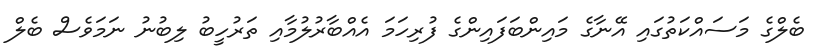
ބެލްގެ މަސައްކަތުގައި އޭނާގެ މައިންބަފައިންގެ ފުރިހަމަ އެއްބާރުލުމާއި ތަރުހީބު ލިބުނު ނަމަވެސް ބެލް